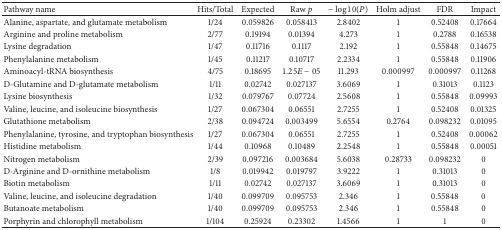
<table><thead><tr><td><b>Pathway name</b></td><td><b>Hits/Total</b></td><td><b>Expected</b></td><td><b>Raw <i>p</i></b></td><td><b>−log⁡10(<i>P</i>)</b></td><td><b>Holm adjust</b></td><td><b>FDR</b></td><td><b>Impact</b></td></tr></thead><tbody><tr><td>Alanine, aspartate, and glutamate metabolism</td><td>1/24</td><td>0.059826</td><td>0.058413</td><td>2.8402</td><td>1</td><td>0.52408</td><td>0.17664</td></tr><tr><td>Arginine and proline metabolism</td><td>2/77</td><td>0.19194</td><td>0.01394</td><td>4.273</td><td>1</td><td>0.2788</td><td>0.16538</td></tr><tr><td>Lysine degradation</td><td>1/47</td><td>0.11716</td><td>0.1117</td><td>2.192</td><td>1</td><td>0.55848</td><td>0.14675</td></tr><tr><td>Phenylalanine metabolism</td><td>1/45</td><td>0.11217</td><td>0.10717</td><td>2.2334</td><td>1</td><td>0.55848</td><td>0.11906</td></tr><tr><td>Aminoacyl-tRNA biosynthesis</td><td>4/75</td><td>0.18695</td><td>1.25<i>E</i> − 05</td><td>11.293</td><td>0.000997</td><td>0.000997</td><td>0.11268</td></tr><tr><td>D-Glutamine and D-glutamate metabolism</td><td>1/11</td><td>0.02742</td><td>0.027137</td><td>3.6069</td><td>1</td><td>0.31013</td><td>0.1123</td></tr><tr><td>Lysine biosynthesis</td><td>1/32</td><td>0.079767</td><td>0.07724</td><td>2.5608</td><td>1</td><td>0.55848</td><td>0.09993</td></tr><tr><td>Valine, leucine, and isoleucine biosynthesis</td><td>1/27</td><td>0.067304</td><td>0.06551</td><td>2.7255</td><td>1</td><td>0.52408</td><td>0.01325</td></tr><tr><td>Glutathione metabolism</td><td>2/38</td><td>0.094724</td><td>0.003499</td><td>5.6554</td><td>0.2764</td><td>0.098232</td><td>0.01095</td></tr><tr><td>Phenylalanine, tyrosine, and tryptophan biosynthesis</td><td>1/27</td><td>0.067304</td><td>0.06551</td><td>2.7255</td><td>1</td><td>0.52408</td><td>0.00062</td></tr><tr><td>Histidine metabolism</td><td>1/44</td><td>0.10968</td><td>0.10489</td><td>2.2548</td><td>1</td><td>0.55848</td><td>0.00051</td></tr><tr><td>Nitrogen metabolism</td><td>2/39</td><td>0.097216</td><td>0.003684</td><td>5.6038</td><td>0.28733</td><td>0.098232</td><td>0</td></tr><tr><td>D-Arginine and D-ornithine metabolism</td><td>1/8</td><td>0.019942</td><td>0.019797</td><td>3.9222</td><td>1</td><td>0.31013</td><td>0</td></tr><tr><td>Biotin metabolism</td><td>1/11</td><td>0.02742</td><td>0.027137</td><td>3.6069</td><td>1</td><td>0.31013</td><td>0</td></tr><tr><td>Valine, leucine, and isoleucine degradation</td><td>1/40</td><td>0.099709</td><td>0.095753</td><td>2.346</td><td>1</td><td>0.55848</td><td>0</td></tr><tr><td>Butanoate metabolism</td><td>1/40</td><td>0.099709</td><td>0.095753</td><td>2.346</td><td>1</td><td>0.55848</td><td>0</td></tr><tr><td>Porphyrin and chlorophyll metabolism</td><td>1/104</td><td>0.25924</td><td>0.23302</td><td>1.4566</td><td>1</td><td>1</td><td>0</td></tr></tbody></table>